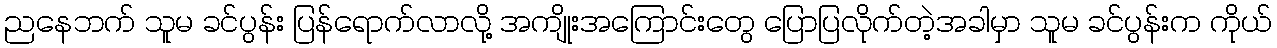
ညနေဘက် သူမ ခင်ပွန်း ပြန်ရောက်လာလို့ အကျိုးအကြောင်းတွေ ပြောပြလိုက်တဲ့အခါမှာ သူမ ခင်ပွန်းက ကိုယ်